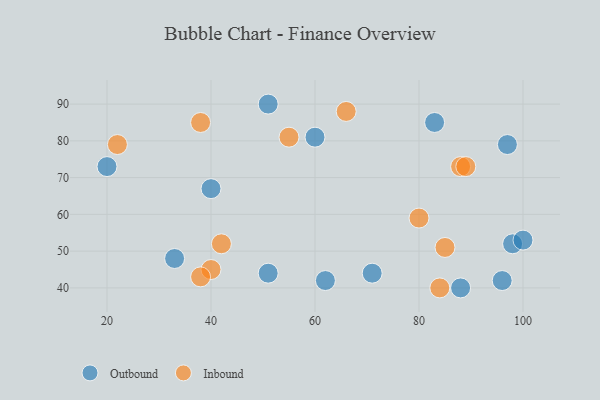
{"axis": {"x": "GDP", "y": "Life Expectancy"}, "legend": ["Inbound", "Outbound"], "data": [{"x": "20", "y": 73, "type": "Outbound"}, {"x": "33", "y": 48, "type": "Outbound"}, {"x": "62", "y": 42, "type": "Outbound"}, {"x": "97", "y": 79, "type": "Outbound"}, {"x": "71", "y": 44, "type": "Outbound"}, {"x": "96", "y": 42, "type": "Outbound"}, {"x": "98", "y": 52, "type": "Outbound"}, {"x": "83", "y": 85, "type": "Outbound"}, {"x": "60", "y": 81, "type": "Outbound"}, {"x": "51", "y": 44, "type": "Outbound"}, {"x": "88", "y": 40, "type": "Outbound"}, {"x": "100", "y": 53, "type": "Outbound"}, {"x": "40", "y": 67, "type": "Outbound"}, {"x": "51", "y": 90, "type": "Outbound"}, {"x": "88", "y": 73, "type": "Inbound"}, {"x": "66", "y": 88, "type": "Inbound"}, {"x": "89", "y": 73, "type": "Inbound"}, {"x": "22", "y": 79, "type": "Inbound"}, {"x": "42", "y": 52, "type": "Inbound"}, {"x": "40", "y": 45, "type": "Inbound"}, {"x": "38", "y": 43, "type": "Inbound"}, {"x": "84", "y": 40, "type": "Inbound"}, {"x": "80", "y": 59, "type": "Inbound"}, {"x": "38", "y": 85, "type": "Inbound"}, {"x": "85", "y": 51, "type": "Inbound"}, {"x": "55", "y": 81, "type": "Inbound"}]}